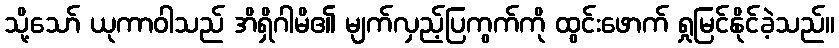
သို့သော် ယုကာဝါသည် အိရှိဂါမိ၏ မျက်လှည့်ပြကွက်ကို ထွင်းဖောက် ရှုမြင်နိုင်ခဲ့သည်။